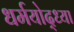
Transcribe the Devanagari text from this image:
धर्मयोद्ध्या